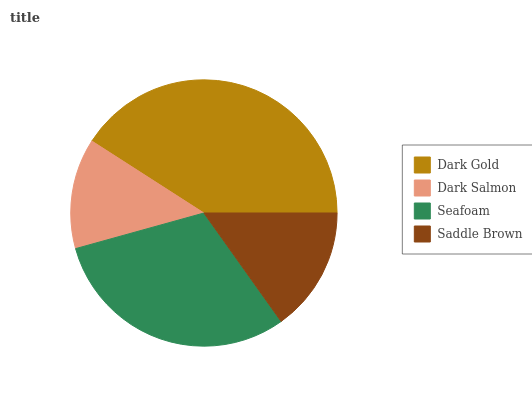
| Dark Gold | Dark Salmon | Seafoam | Saddle Brown |
 | --- | --- | --- | --- |
 | 40.9% | 13.4% | 30.6% | 15.2% |